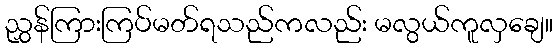
ညွှန်ကြားကြပ်မတ်ရသည်ကလည်း မလွယ်ကူလှချေ။